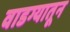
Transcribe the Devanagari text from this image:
वाडग्यातून